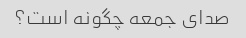
صدای جمعه چگونه است؟